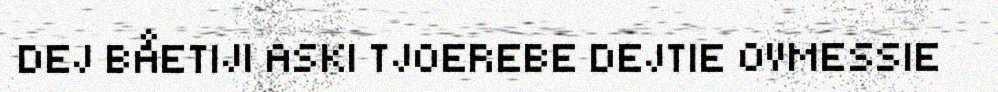
DEJ BÅETIJI ASKI TJOEREBE DEJTIE OVMESSIE